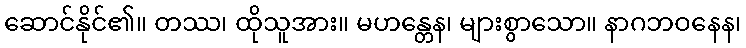
ဆောင်နိုင်၏။ တဿ၊ ထိုသူအား။ မဟန္တေန၊ များစွာသော။ နာဂဘဝနေန၊